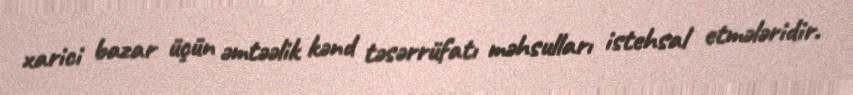
xarici bazar üçün əmtəəlik kənd təsərrüfatı məhsulları istehsal etmələridir.